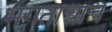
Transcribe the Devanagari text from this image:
भगताचाच